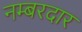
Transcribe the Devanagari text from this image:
नम्बरदार